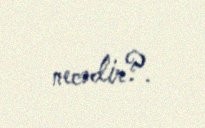
necədir?.